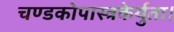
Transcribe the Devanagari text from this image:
चण्डकोपास्त्रकेर्युता।